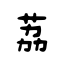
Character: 荔